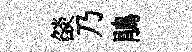
燄乃鵑